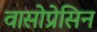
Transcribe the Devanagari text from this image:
वासोप्रेसिन